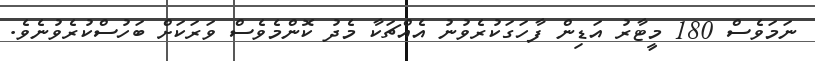
ނަމަވެސް 180 މީޓާރު އަޑިން ފާހަގަކުރެވުނު އެއްޗަކާ މެދު ކޮންމެވެސް ވަރަކަށް ބަހުސްކުރެވުނެވެ.